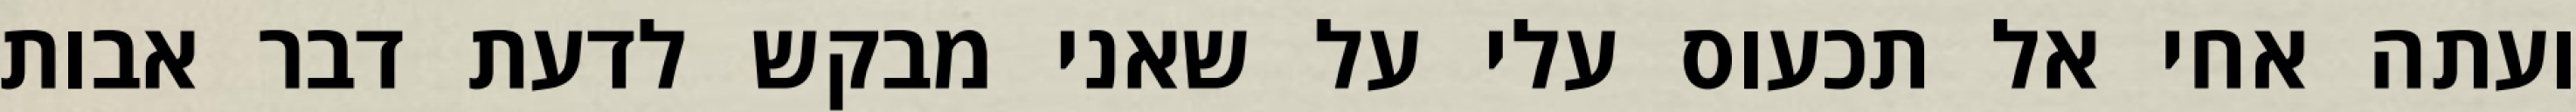
ועתה אחי אל תכעוס עלי על שאני מבקש לדעת דבר אבות